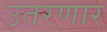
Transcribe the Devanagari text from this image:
उतरणार